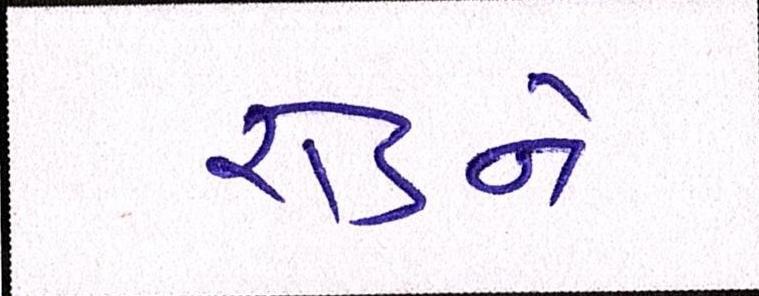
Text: રોડને